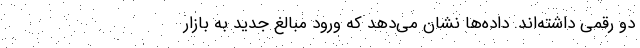
دو رقمی داشته‌اند. داده‌ها نشان می‌دهد که ورود مبالغ جدید به بازار